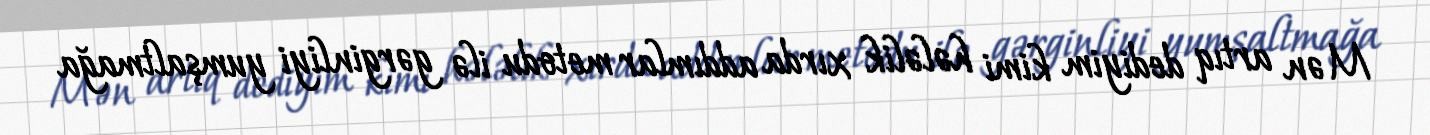
Mən artıq dediyim kimi hələlik xırda addımlar metodu ilə gərginliyi yumşaltmağa